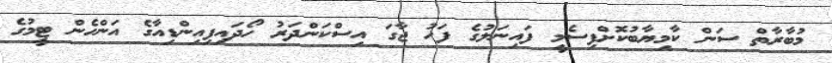
މުބާރާތް ސަން ކާމިޔާބުކޮށްފިސެމީ ފައިނަލުގެ ފަހު ޖާގަ އިސްކަންދަރު ހޯދައިފިއިންޑިއާގެ އަންހެން ޓީމުގެ